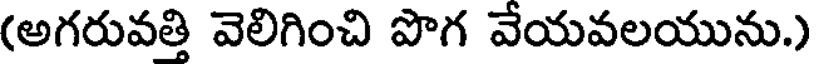
(అగరువత్తి వెలిగించి పొగ వేయవలయును.)